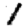
Digit: 1